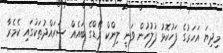
މިިދިޔަ އަހަރުގެ ފަހުކޮޅު ފުލުހުން ވަނީ ލިންކް ރޯޑްގެ ބައެއް ސަރައްދުތަކުގައި ކެމެރާ